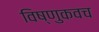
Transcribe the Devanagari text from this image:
विष्णुकवच